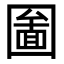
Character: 圗